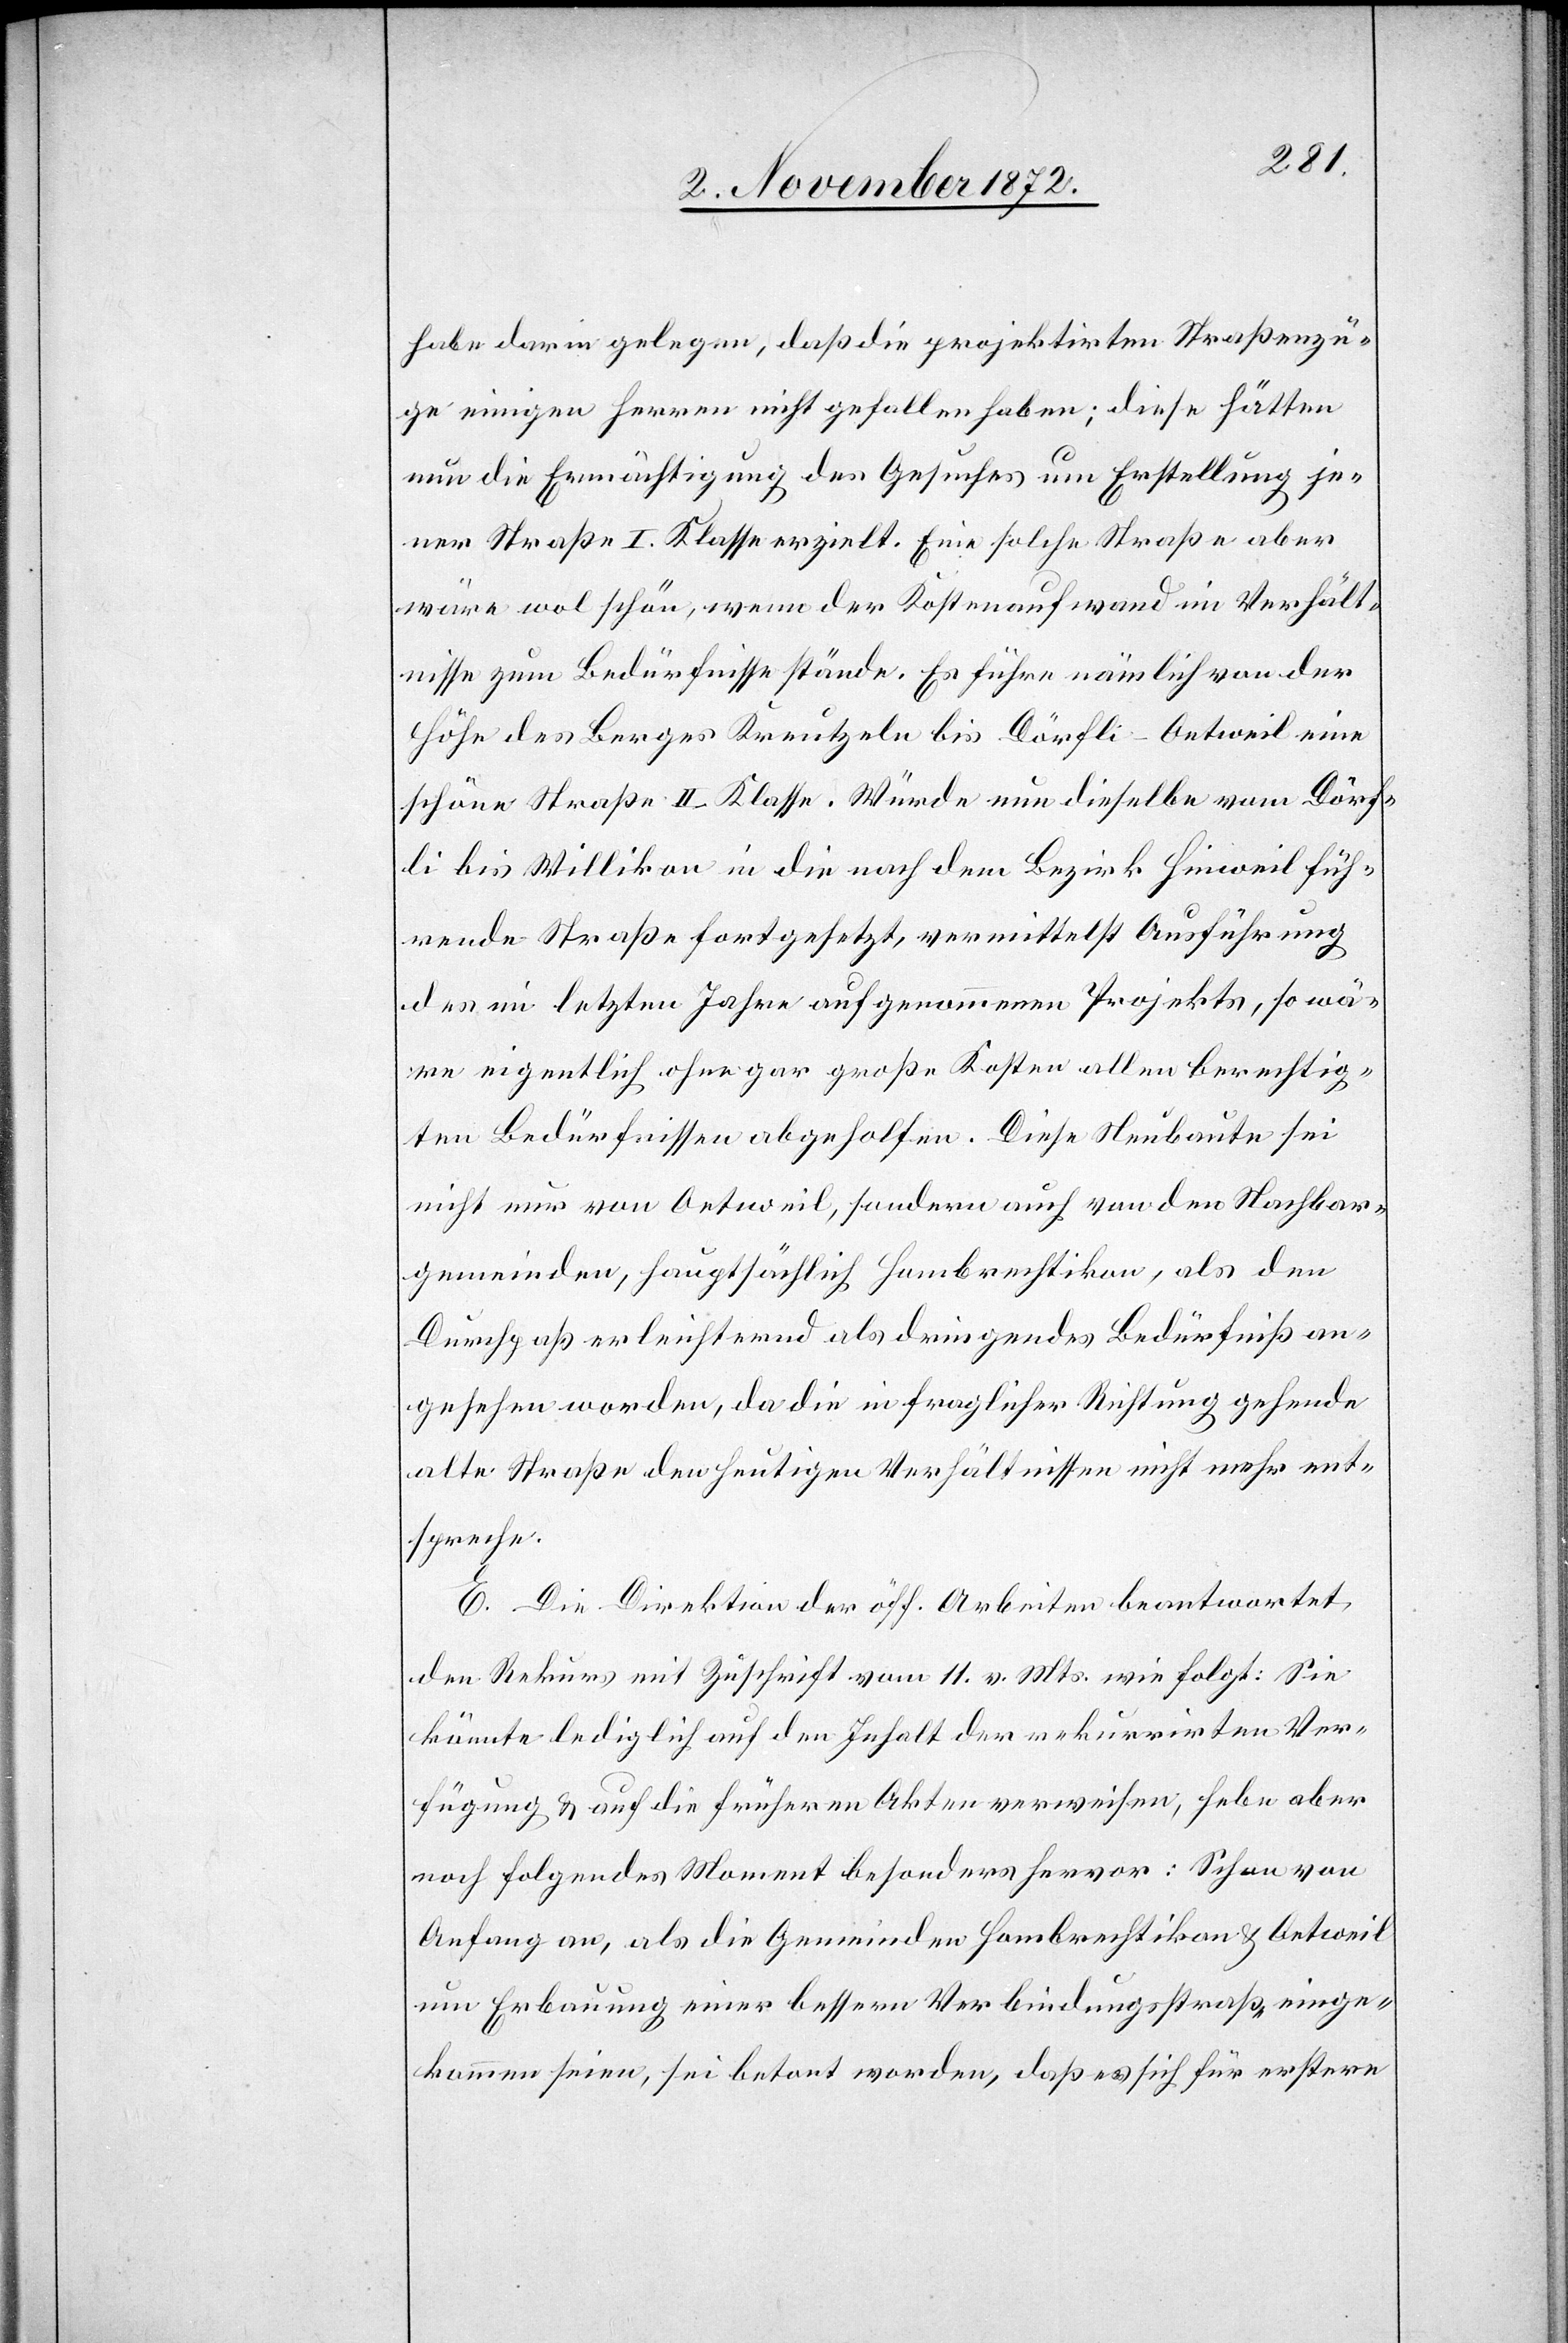
habe darin gelegen, daß die projektirten Straßenzü¬
ge einigen Herren nicht gefallen haben; diese hätten
nun die Ermächtigung des Gesuches um Erstellung je¬
ner Straße I. Klasse erzielt. Eine solche Straße aber
wäre wol schön, wenn der Kostenaufwand im Verhält¬
nisse zum Bedürfnisse stände. Es führe nämlich von der
Höhe des Berges Kreutzeln bis Dörfli–Oetweil eine
schöne Straße II. Klasse. Würde nun dieselbe vom Dörf¬
li bis Willikon in die nach dem Bezirk Hinweil füh¬
rende Straße fortgesetzt, vermittelst Ausführung
des im letzten Jahre aufgenommenen Projekts, so wä¬
re eigentlich ohne gar große Kosten allen berechtig¬
ten Bedürfnissen abgeholfen. Diese Neubaute sei
nicht nur von Oetweil, sondern auch von den Nachbar¬
gemeinden, hauptsächlich Hombrechtikon, als den
Durchpaß erleichternd als dringendes Bedürfniß an¬
gesehen worden, da die in fraglicher Richtung gehende
alte Straße den heutigen Verhältnissen nicht mehr ent¬
spreche.
E. Die Direktion der öff. Arbeiten beantwortet
den Rekurs mit Zuschrift vom 11. v. Mts. wie folgt: Sie
könnte lediglich auf den Inhalt der rekurrirten Ver¬
fügung u. auf die früheren Akten verweisen, hebe aber
noch folgendes Moment besonders hervor: Schon von
Anfang an, als die Gemeinden Hombrechtikon u. Oetweil
um Erbauung einer bessern Verbindungsstraße einge¬
kommen seien, sei betont worden, daß es sich für erstere